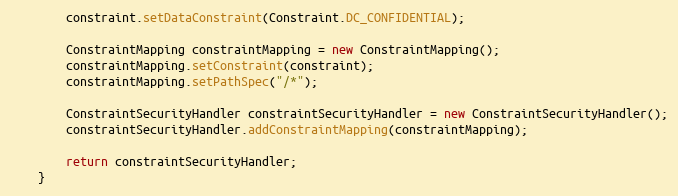
Language: Java
        constraint.setDataConstraint(Constraint.DC_CONFIDENTIAL);

        ConstraintMapping constraintMapping = new ConstraintMapping();
        constraintMapping.setConstraint(constraint);
        constraintMapping.setPathSpec("/*");

        ConstraintSecurityHandler constraintSecurityHandler = new ConstraintSecurityHandler();
        constraintSecurityHandler.addConstraintMapping(constraintMapping);

        return constraintSecurityHandler;
    }